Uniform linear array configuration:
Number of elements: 12
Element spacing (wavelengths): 0.25
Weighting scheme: hann
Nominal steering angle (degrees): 45
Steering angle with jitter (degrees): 43.26
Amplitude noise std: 0.05
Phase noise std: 0.05

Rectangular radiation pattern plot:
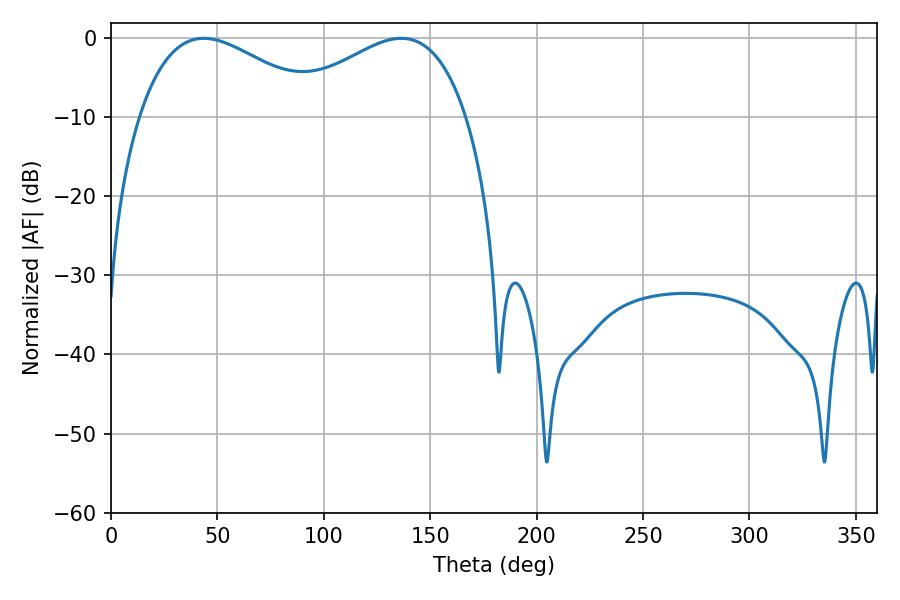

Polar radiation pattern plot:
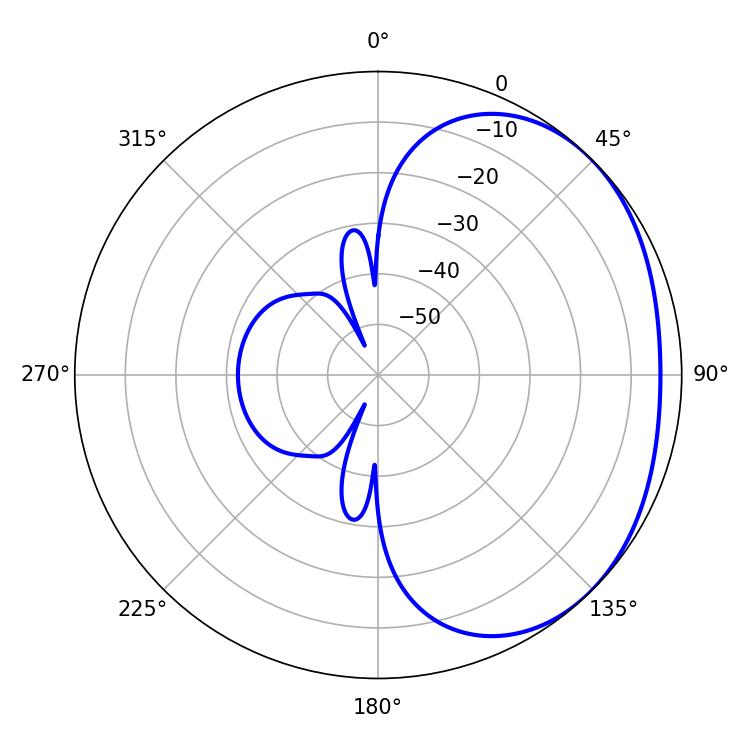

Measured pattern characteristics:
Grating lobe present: FALSE
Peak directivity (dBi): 2.07
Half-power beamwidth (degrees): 47.16
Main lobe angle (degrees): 43.56